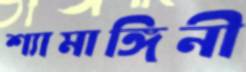
শ্যামাঙ্গিনী